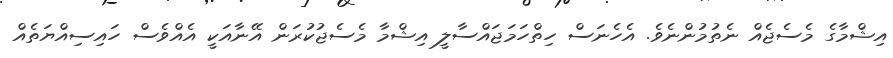
އިޝްމާގެ މެސެޖެއް ނެތުމުންނެވެ. އެހެނަސް ހިތްހަމަޖައްސާލީ އިޝްމާ މެސެޖުކުރަން އޭނާއަކީ އެއްވެސް ހައިސިއްޔަތެއް